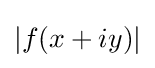
|f(x+iy)|